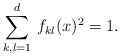
\begin{align*}\sum_{k,l=1}^d\, f_{kl}(x)^2=1.\end{align*}